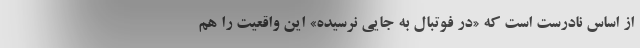
از اساس نادرست است که «در فوتبال به جایی نرسیده» این واقعیت را هم